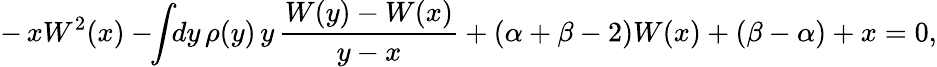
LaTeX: -\, xW^{2}(x)-\! \! \int\! \! dy\, \rho(y)\, y\, \frac{W(y)-W(x)}{y-x}+(\alpha+\beta-2)W(x)+(\beta-\alpha)+x=0,